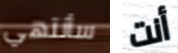
سأنتهي أنت